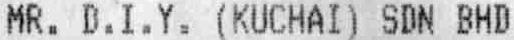
MR. D.I.Y. (KUCHAI) SDN BHD